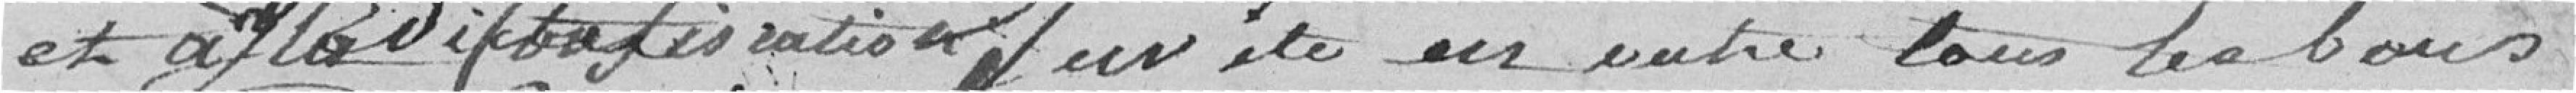
et à       tous de bons